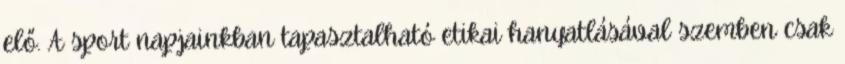
elő. A sport napjainkban tapasztalható etikai hanyatlásával szemben csak